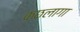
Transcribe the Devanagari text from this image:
कछलागा